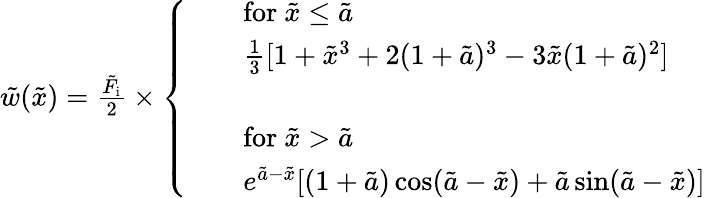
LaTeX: \begin{array}{r}{\tilde{w}(\tilde{x})=\frac{\tilde{F}_{\mathrm{i}}}{2}\times\left\{ \begin{array}{ll}&{\mathrm{for~}\tilde{x}\leq\tilde{a}}\\ &{\frac{1}{3}[1+\tilde{x}^{3}+2(1+\tilde{a})^{3}-3\tilde{x}(1+\tilde{a})^{2}]}\\ {\quad}\\ &{\mathrm{for~}\tilde{x}>\tilde{a}}\\ &{e^{\tilde{a}-\tilde{x}}[(1+\tilde{a})\cos(\tilde{a}-\tilde{x})+\tilde{a}\sin(\tilde{a}-\tilde{x})]}\end{array}\right.}\end{array}